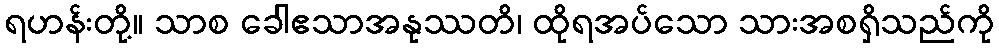
ရဟန်းတို့။ သာစ ခေါဧသာအနုဿတိ၊ ထိုရအပ်သော သားအစရှိသည်ကို